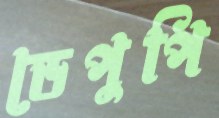
ডেপুপি